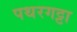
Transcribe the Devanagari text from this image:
पथरगट्टा